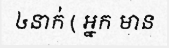
៤នាក់ ( អ្នក មាន